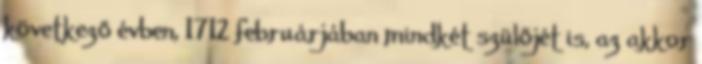
következő évben, 1712 februárjában mindkét szülőjét is, az akkor